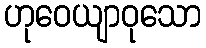
ဟုဝေယျာဝုသော